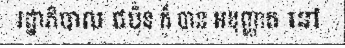
រដ្ឋាភិបាល ជប៉ុន ក៏ បាន អនុញ្ញាត នៅ